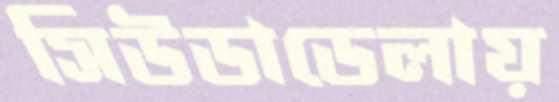
সিউডাডেলায়